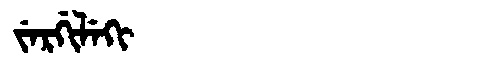
Manchu: ᠵᡝᡵᡤᡳᠯᡝᡴᡳ
Romanization: JERGILEKI